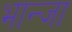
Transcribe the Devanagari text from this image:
भान्जा